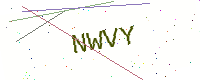
Text: NWVY